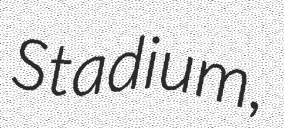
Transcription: Stadium,